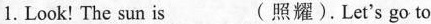
1. Look! The sun is___(照耀).Let's go to